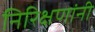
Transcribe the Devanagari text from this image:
निरिक्षणांनी